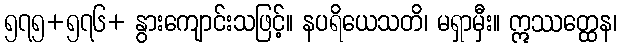
၅၇၅+၅၇၆+ နွားကျောင်းသဖြင့်။ နပရိယေသတိ၊ မရှာမှီး။ ဣဿတ္ထေန၊